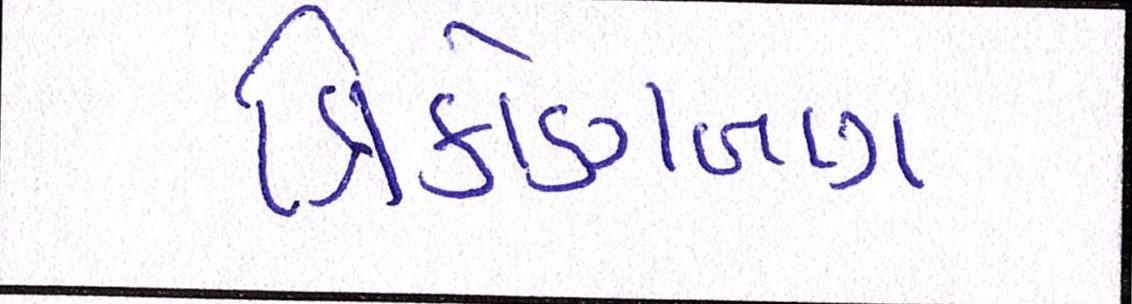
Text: ત્રિકોણબાગ